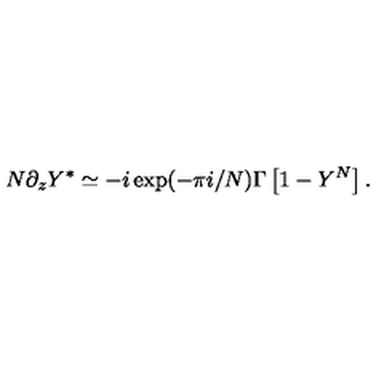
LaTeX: N \partial _ { z } Y ^ { * } \simeq - i \exp ( - \pi i / N ) \Gamma \left[ 1 - Y ^ { N } \right] .